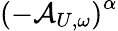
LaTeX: \left(-\mathcal{A}_{U,\omega}\right)^{\alpha}